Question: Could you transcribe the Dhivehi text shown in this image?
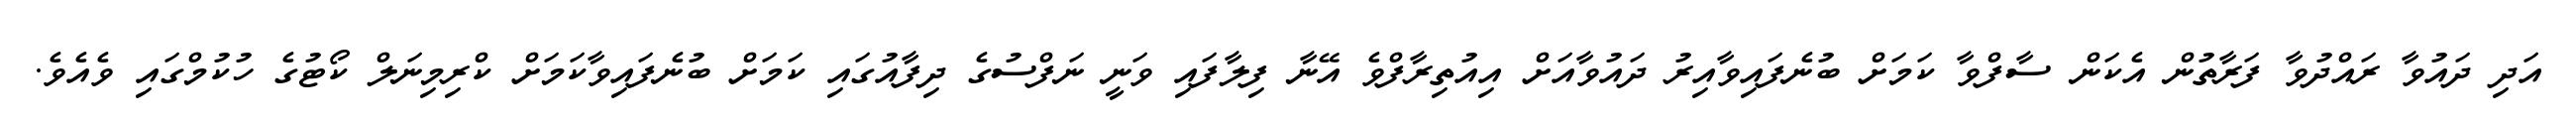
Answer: އަދި ދައުވާ ރައްދުވާ ފަރާތުން އެކަން ސާފްވާ ކަމަށް ބުނެފައިވާއިރު ދައުވާއަށް އިއުތިރާފްވެ އޭނާ ފިލާފައި ވަނީ ނަފްސުގެ ދިފާއުގައި ކަމަށް ބުނެފައިވާކަމަށް ކްރިމިނަލް ކޯޓުގެ ހުކުމްގައި ވެއެވެ.